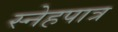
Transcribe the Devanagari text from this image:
स्नेहपात्र